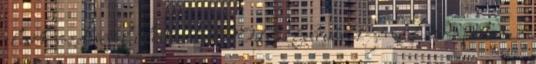
elnök vezetésével ülést tartott 2018. február 1-jén, Budapesten, a